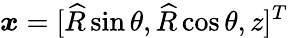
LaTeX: {\boldsymbol{x}}=[\widehat{R}\sin\theta,\widehat{R}\cos\theta,z]^{T}